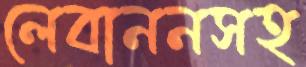
লেবাননসহ